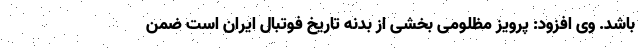
باشد. وی افزود: پرویز مظلومی بخشی از بدنه تاریخ فوتبال ایران است ضمن